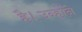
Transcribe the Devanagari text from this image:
है।उन्होंने